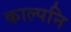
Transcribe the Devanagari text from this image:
काल्पनि